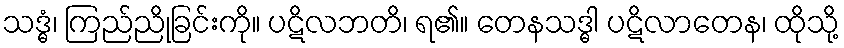
သဒ္ဓံ၊ ကြည်ညိုခြင်းကို။ ပဋိလဘတိ၊ ရ၏။ တေနသဒ္ဓါ ပဋိလာတေန၊ ထိုသို့